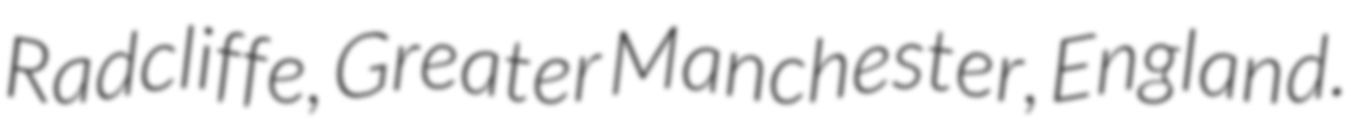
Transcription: Radcliffe, Greater Manchester, England.